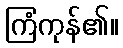
ကြံကုန်၏။